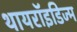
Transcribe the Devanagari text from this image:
थायरॉइडिज्म